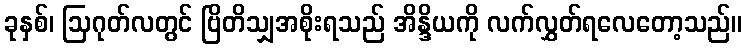
ခုနှစ်၊ ဩဂုတ်လတွင် ဗြိတိသျှအစိုးရသည် အိန္ဒိယကို လက်လွှတ်ရလေတော့သည်။